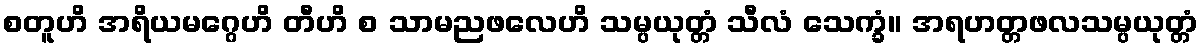
စတူဟိ အရိယမဂ္ဂေဟိ တီဟိ စ သာမညဖလေဟိ သမ္ပယုတ္တံ သီလံ သေက္ခံ။ အရဟတ္တဖလသမ္ပယုတ္တံ